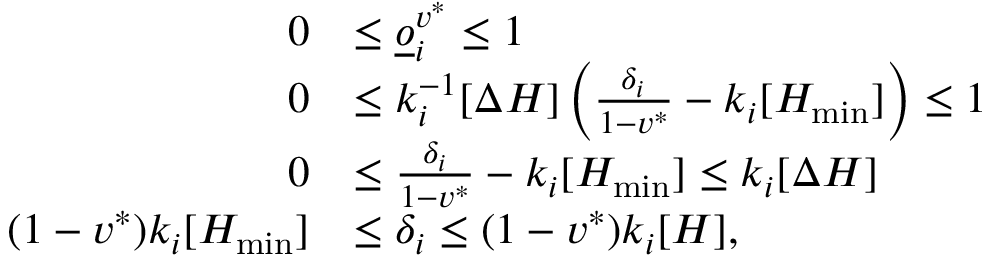
\begin{array} { r l } { 0 } & { \leq \underline { o } _ { i } ^ { v ^ { * } } \leq 1 } \\ { 0 } & { \leq k _ { i } ^ { - 1 } [ \Delta H ] \left( \frac { \delta _ { i } } { 1 - v ^ { * } } - k _ { i } [ H _ { \operatorname* { m i n } } ] \right) \leq 1 } \\ { 0 } & { \leq \frac { \delta _ { i } } { 1 - v ^ { * } } - k _ { i } [ H _ { \operatorname* { m i n } } ] \leq k _ { i } [ \Delta H ] } \\ { ( 1 - v ^ { * } ) k _ { i } [ H _ { \operatorname* { m i n } } ] } & { \leq \delta _ { i } \leq ( 1 - v ^ { * } ) k _ { i } [ H ] , } \end{array}